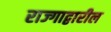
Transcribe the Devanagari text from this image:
राज्गाद्वारील